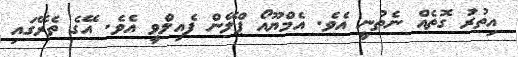
އިތުރު ގޮތެއް ނެތުނީ އެވެ. އެމްޔޫއޯ ޕްލޭން ފެއިލްވީ އެވެ. އޭގެ ތެރޭގައި